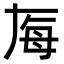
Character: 𬆶